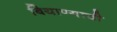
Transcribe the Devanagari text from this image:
बियाण्याची